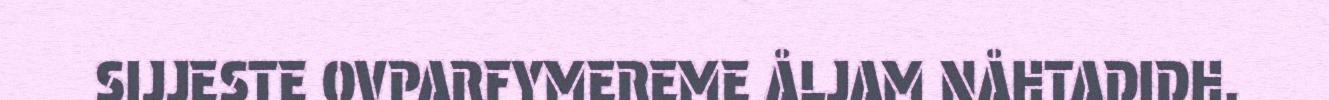
SIJJESTE OVPARFYMEREME ÅLJAM NÅHTADIDH.